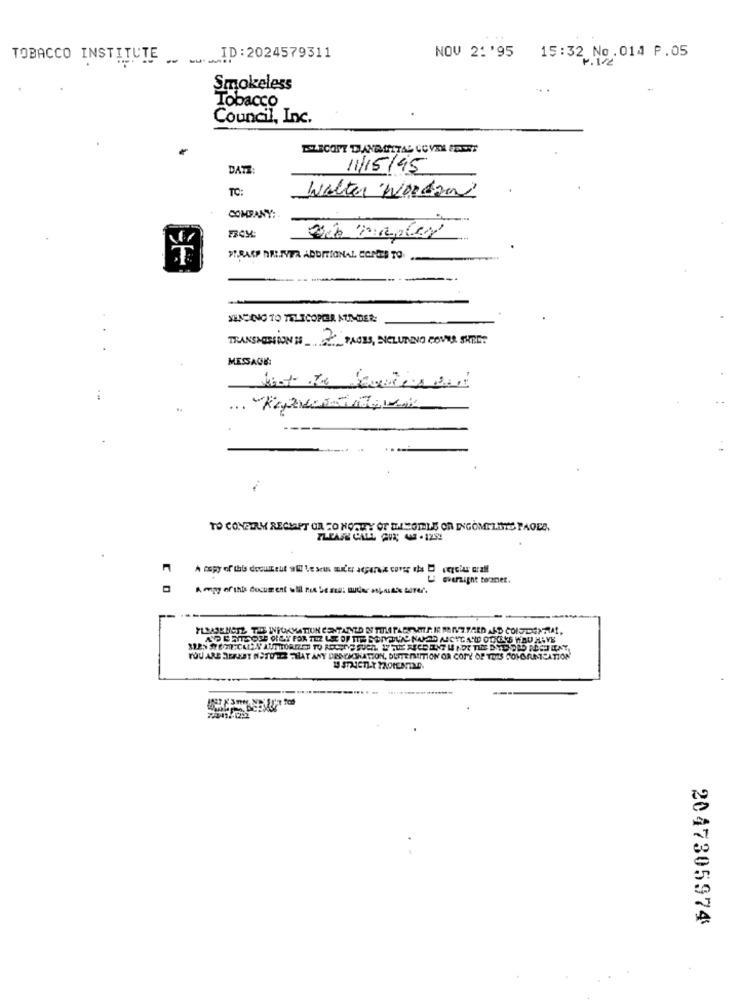
15:32 No.014 P.05
TOBACCO INSTITUTE ___ ID:2024579311
NOV 21'95
P.172
Smokeless
Tobacco
Council, Inc.
ESECOPY DANDOITAL COVER FEEST
DATZ
11/15/45
TO:
Walter Wordand
COMPANY:
Bib maples
PERAKP DEL.TYTA ADDITIONAL COATES TO.
XENDING TO TELICOPER NUMDER:
TRANSMISSION 18 2 PAGES, INCLUDING COVER SKRET
MESSAGE:
TO CONFIRM RECEIPT OR TO NOURY OF INCOMELE OR INCOMPLETE PAGES.
oversight toramer.
PLEASE MOTZ THE INFORMATION CONTALTD DI TILI PADSMETTP. IR MANT.YARD AND CONFIDENRA !,
YOU ARE DEREST NATURE THAT ANY DESCIONKATION, DETTE IIITION OR COPY OF TRES COMOMUNICATION
2047305974